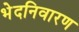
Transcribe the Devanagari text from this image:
भेदनिवारण